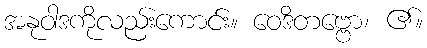
အနုဝါဒကိုလည်းကောင်း။ ဝေဒိတဗ္ဗော၊ ၏။